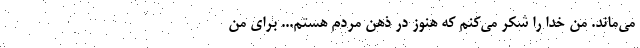
مي‌ماند. من خدا را شكر مي‌كنم كه هنوز در ذهن مردم هستم... براي من